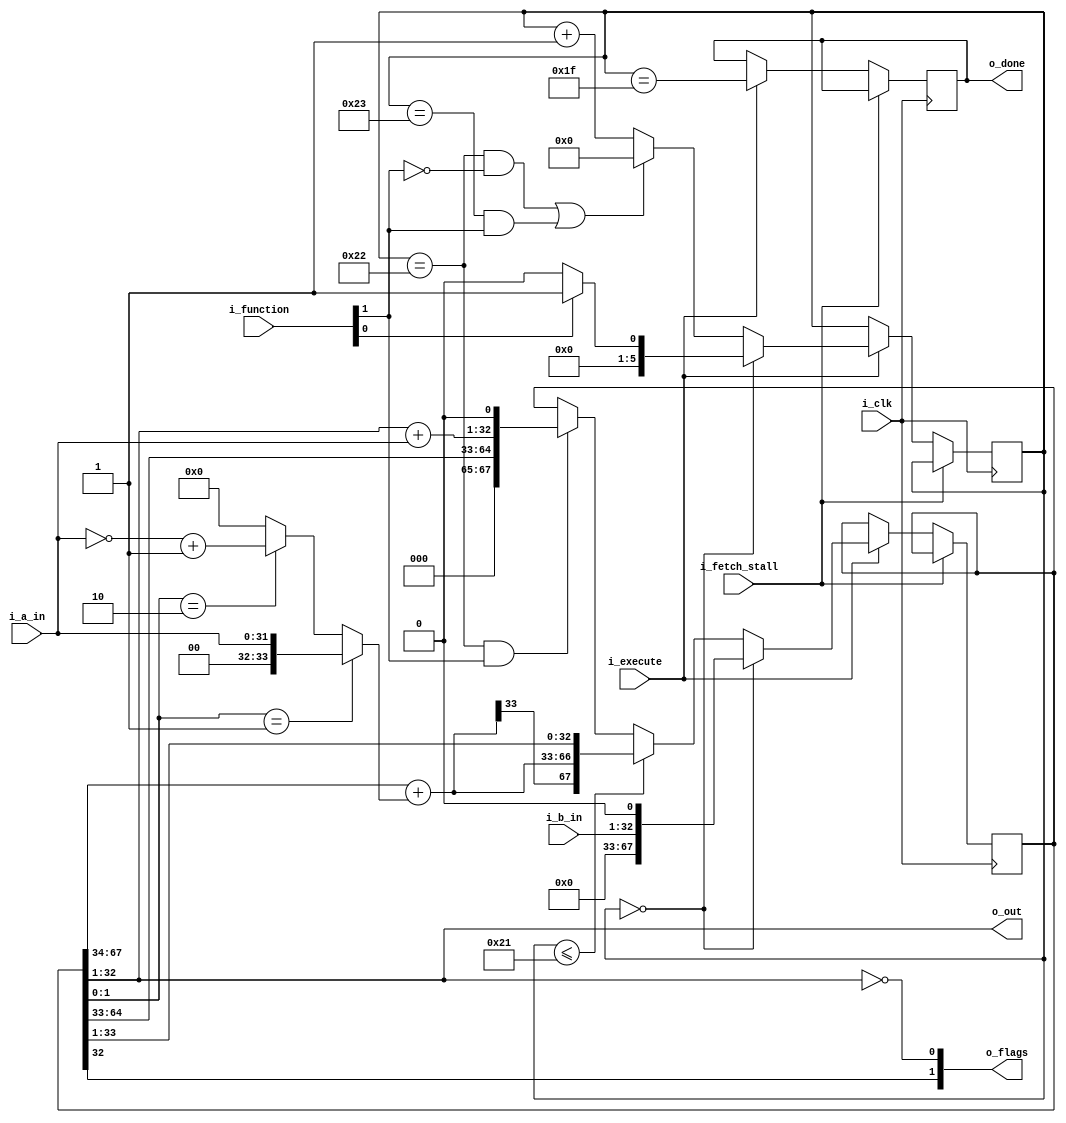
module a23_multiply (
input                       i_clk,
input                       i_fetch_stall,

input       [31:0]          i_a_in,         // Rds
input       [31:0]          i_b_in,         // Rm
input       [1:0]           i_function,
input                       i_execute,

output      [31:0]          o_out,
output      [1:0]           o_flags,        // [1] = N, [0] = Z
output reg                  o_done = 'd0    // goes high 2 cycles before completion                                          
);


wire        enable;
wire        accumulate;
wire [33:0] multiplier;
wire [33:0] multiplier_bar;
wire [33:0] sum;
wire [33:0] sum34_b;

reg  [5:0]  count = 'd0;
reg  [5:0]  count_nxt;
reg  [67:0] product = 'd0;
reg  [67:0] product_nxt;
reg  [1:0]  flags_nxt;
wire [32:0] sum_acc1;           // the MSB is the carry out for the upper 32 bit addition


assign enable         = i_function[0];
assign accumulate     = i_function[1];
 
assign multiplier     =  { 2'd0, i_a_in} ;
assign multiplier_bar = ~{ 2'd0, i_a_in} + 34'd1 ;

assign sum34_b        =  product[1:0] == 2'b01 ? multiplier     :
                         product[1:0] == 2'b10 ? multiplier_bar :
                                                 34'd0          ;


// Use DSP modules from Xilinx Spartan6 FPGA devices
`ifdef XILINX_FPGA
    // -----------------------------------
    // 34-bit adder - booth multiplication
    // -----------------------------------
    `ifdef XILINX_SPARTAN6_FPGA
        xs6_addsub_n #(.WIDTH(34)) 
    `endif
    `ifdef XILINX_VIRTEX6_FPGA
        xv6_addsub_n #(.WIDTH(34))  
    `endif
        
        u_xx_addsub_34_sum (
        .i_a    ( product[67:34]        ),
        .i_b    ( sum34_b               ),
        .i_cin  ( 1'd0                  ),
        .i_sub  ( 1'd0                  ),
        .o_sum  ( sum                   ),
        .o_co   (                       )
    );

    // ------------------------------------
    // 33-bit adder - accumulate operations
    // ------------------------------------
    `ifdef XILINX_SPARTAN6_FPGA
        xs6_addsub_n #(.WIDTH(33)) 
    `endif
    `ifdef XILINX_VIRTEX6_FPGA
        xv6_addsub_n #(.WIDTH(33)) 
    `endif
        u_xx_addsub_33_acc1 (
        .i_a    ( {1'd0, product[32:1]} ),
        .i_b    ( {1'd0, i_a_in}        ),
        .i_cin  ( 1'd0                  ),
        .i_sub  ( 1'd0                  ),
        .o_sum  ( sum_acc1              ),
        .o_co   (                       )
    );

`else
 
    // -----------------------------------
    // 34-bit adder - booth multiplication
    // -----------------------------------
    assign sum =  product[67:34] + sum34_b;
     
    // ------------------------------------
    // 33-bit adder - accumulate operations
    // ------------------------------------
    assign sum_acc1 = {1'd0, product[32:1]} + {1'd0, i_a_in};
     
`endif


always @*
    begin
    // Defaults
    count_nxt           = count;
    product_nxt         = product;
    
    // update Negative and Zero flags
    // Use registered value of product so this adds an extra cycle
    // but this avoids having the 64-bit zero comparator on the
    // main adder path
    flags_nxt   = { product[32], product[32:1] == 32'd0 }; 
    

    if ( count == 6'd0 )
        product_nxt = {33'd0, 1'd0, i_b_in, 1'd0 } ;
    else if ( count <= 6'd33 )
        product_nxt = { sum[33], sum, product[33:1]} ;
    else if ( count == 6'd34 && accumulate )
        begin
        // Note that bit 0 is not part of the product. It is used during the booth
        // multiplication algorithm
        product_nxt         = { product[64:33], sum_acc1[31:0], 1'd0}; // Accumulate
        end
        
    // Multiplication state counter
    if (count == 6'd0)  // start
        count_nxt   = enable ? 6'd1 : 6'd0;
    else if ((count == 6'd34 && !accumulate) ||  // MUL
             (count == 6'd35 &&  accumulate)  )  // MLA
        count_nxt   = 6'd0;
    else
        count_nxt   = count + 1'd1;
    end


always @ ( posedge i_clk )
    if ( !i_fetch_stall )
        begin
        count           <= i_execute ? count_nxt          : count;           
        product         <= i_execute ? product_nxt        : product;        
        o_done          <= i_execute ? count == 6'd31     : o_done;          
        end

// Outputs
assign o_out   = product[32:1]; 
assign o_flags = flags_nxt;
                     
endmodule